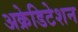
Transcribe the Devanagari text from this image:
अक्रेडिटेशन